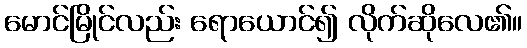
မောင်မြိုင်လည်း ရောယောင်၍ လိုက်ဆိုလေ၏။